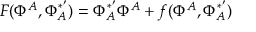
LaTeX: F ( \Phi ^ { A } , \Phi _ { A } ^ { * ^ { \prime } } ) = \Phi _ { A } ^ { * ^ { \prime } } \Phi ^ { A } + f ( \Phi ^ { A } , \Phi _ { A } ^ { * ^ { \prime } } )